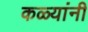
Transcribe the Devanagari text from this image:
कळ्यांनी